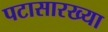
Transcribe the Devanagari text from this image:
पटासारख्या